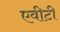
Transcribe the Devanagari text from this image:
एवीटी